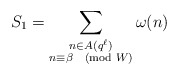
\begin{align*}S_1 = \sum_{\substack{n \in A(q^\ell) \\ n \equiv \beta \pmod W}} \omega(n)\end{align*}